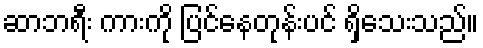
ဆာဘရီး ကားကို ပြင်နေတုန်းပင် ရှိသေးသည်။